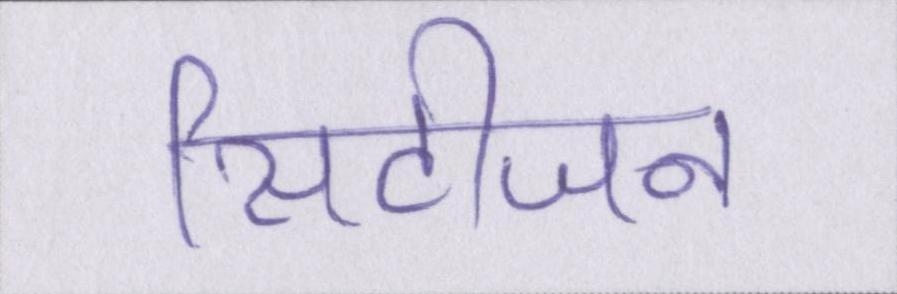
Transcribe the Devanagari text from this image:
सिटीजन